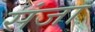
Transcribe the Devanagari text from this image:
संजा